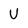
Character: U